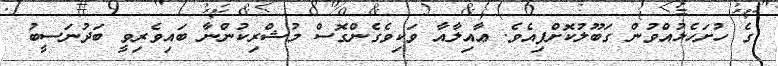
ގެ ހުށަހެޅުއްވުން ގަބޫލުކޮށްފިއެވެ. ޢާއިލާއާ ވަކިވެގެންގޮސް މުޝްރިކުންނާ ބައިވެރިވީ ބަދުނަސީބު